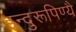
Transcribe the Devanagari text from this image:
इन्दुरूपिण्यै